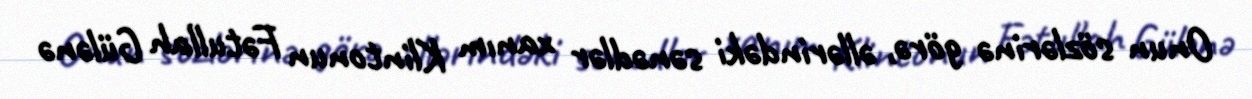
Onun sözlərinə görə, əllərindəki sənədlər xanım Klintonun Fətullah Gülənə